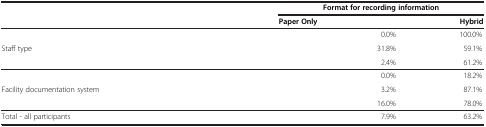
<table><thead><tr><td>[EMPTY_CELL]</td><td>[EMPTY_CELL]</td><td colspan="3"><b>Format for recording information</b></td></tr><tr><td>[EMPTY_CELL]</td><td>[EMPTY_CELL]</td><td><b>Paper Only</b></td><td>[EMPTY_CELL]</td><td><b>Hybrid</b></td></tr></thead><tbody><tr><td>[EMPTY_CELL]</td><td>[EMPTY_CELL]</td><td>[EMPTY_CELL]</td><td>0.0%</td><td>100.0%</td></tr><tr><td>Staff type</td><td>[EMPTY_CELL]</td><td>[EMPTY_CELL]</td><td>31.8%</td><td>59.1%</td></tr><tr><td>[EMPTY_CELL]</td><td>[EMPTY_CELL]</td><td>[EMPTY_CELL]</td><td>2.4%</td><td>61.2%</td></tr><tr><td>[EMPTY_CELL]</td><td>[EMPTY_CELL]</td><td>[EMPTY_CELL]</td><td>0.0%</td><td>18.2%</td></tr><tr><td>Facility documentation system</td><td>[EMPTY_CELL]</td><td>[EMPTY_CELL]</td><td>3.2%</td><td>87.1%</td></tr><tr><td>[EMPTY_CELL]</td><td>[EMPTY_CELL]</td><td>[EMPTY_CELL]</td><td>16.0%</td><td>78.0%</td></tr><tr><td>Total - all participants</td><td>[EMPTY_CELL]</td><td>[EMPTY_CELL]</td><td>7.9%</td><td>63.2%</td></tr></tbody></table>